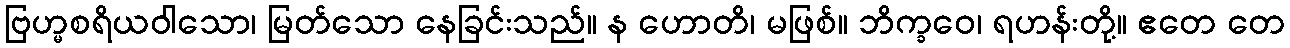
ဗြဟ္မစရိယဝါသော၊ မြတ်သော နေခြင်းသည်။ န ဟောတိ၊ မဖြစ်။ ဘိက္ခဝေ၊ ရဟန်းတို့။ ဧတေ တေ